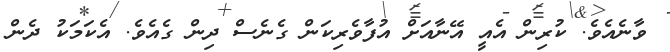
ވާނެއެވެ. ކުރިން އެއީ އޭނާއަށް އުފާވެރިކަން ގެނެސް ދިން ގެއެވެ. އެކަމަކު ދެން